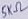
Text: 5KΩ